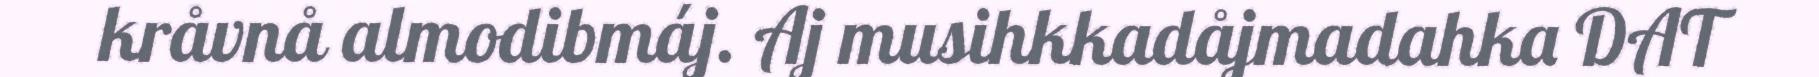
kråvnå almodibmáj. Aj musihkkadåjmadahka DAT